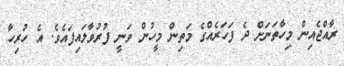
ރާއްޖެއިން މިހާތަނަށް ދެ ފަހަރެއްގެ މަތިން މީހުން ވަނީ ފުރުވާލައިފައެވެ. އެ ހުރިހާ